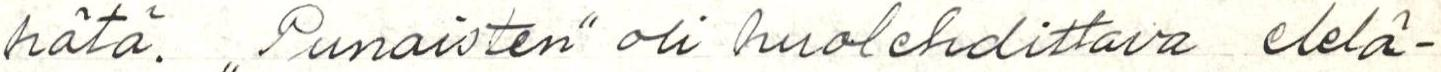
hätä. ,,Punaisten" oli huolehdittava elelä-